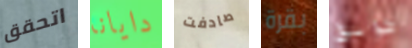
اتحقق دايانا صادفت بقرة طوابق